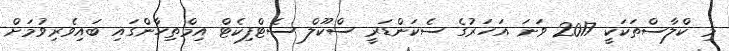
މި ކްލާސްތަކަކީ 2017 ވަނަ އަހަރުގެ ސެކަންޑަރީ ސްކޫލް ސެޓްފިކެޓް އިމްތިހާންގައި ބައިވެރިވުމަށް